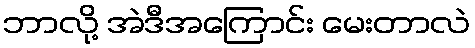
ဘာလို့ အဲဒီအကြောင်း မေးတာလဲ